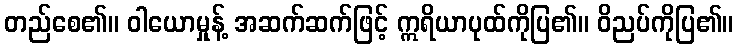
တည်စေ၏။ ဝါယောမှုန့် အဆက်ဆက်ဖြင့် ဣရိယာပုထ်ကိုပြ၏။ ဝိညပ်ကိုပြ၏။